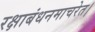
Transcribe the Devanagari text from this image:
रक्षाबंधनमाचरेत।